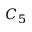
C _ { 5 }